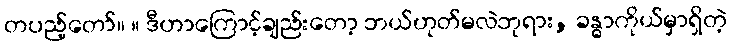
တပည့်တော်။ ။ ဒီဟာကြောင့်ချည်းတော့ ဘယ်ဟုတ်မလဲဘုရား, ခန္ဓာကိုယ်မှာရှိတဲ့